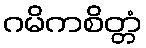
ဂမိကစိတ္တံ